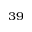
^ { 3 9 }